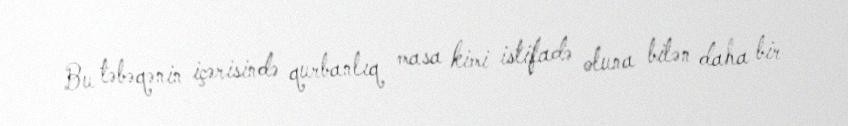
Bu təbəqənin içərisində qurbanlıq masa kimi istifadə oluna bilən daha bir